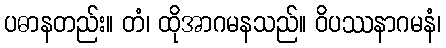
ပဓာနတည်း။ တံ၊ ထိုအာဂမနသည်။ ဝိပဿနာဂမနံ၊